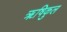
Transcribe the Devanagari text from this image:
ॠषिकुल